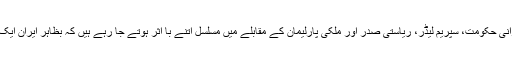
امریکی نقطہ نظر کے مطابق یہ محافظین، ایرانی حکومت، سپریم لیڈر، ریاستی صدر اور ملکی پارلیمان کے مقابلے میں مسلسل اتنے با اثر ہوتے جا رہے ہیں کہ بظاہر ایران ایک فوجی آمریت کی طرف بڑھتا دکھائی دیتا ہے۔